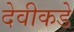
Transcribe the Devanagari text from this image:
देवीकडे